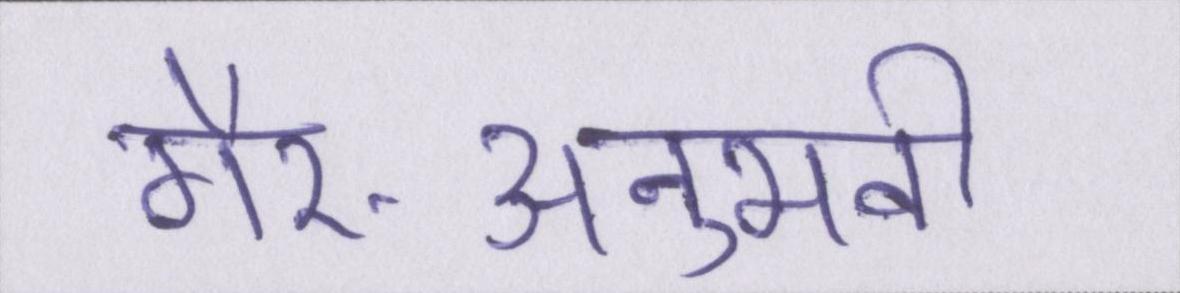
गैर-अनुभवी